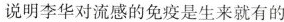
说明李华对流感的免疫是生来就有的